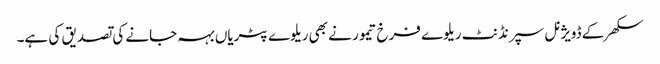
سکھر کے ڈویژنل سپرنڈنٹ ریلوے فرخ تیمور نے بھی ریلوے پٹریاں بہہ جانے کی تصدیق کی ہے۔